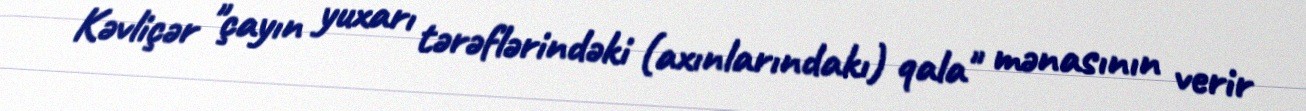
Kəvliçər "çayın yuxarı tərəflərindəki (axınlarındakı) qala" mənasının verir